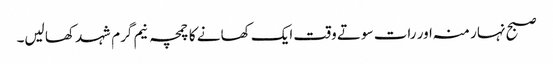
صبح نہار منہ اور رات سوتے وقت ایک کھانے کا چمچہ نیم گرم شہد کھا لیں۔